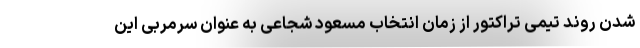
شدن روند تیمی تراکتور از زمان انتخاب مسعود شجاعی به عنوان سرمربی این